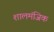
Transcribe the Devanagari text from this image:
शालमंजिक